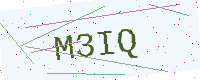
Text: M3IQ